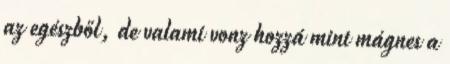
az egészből, de valami vonz hozzá mint mágnes a